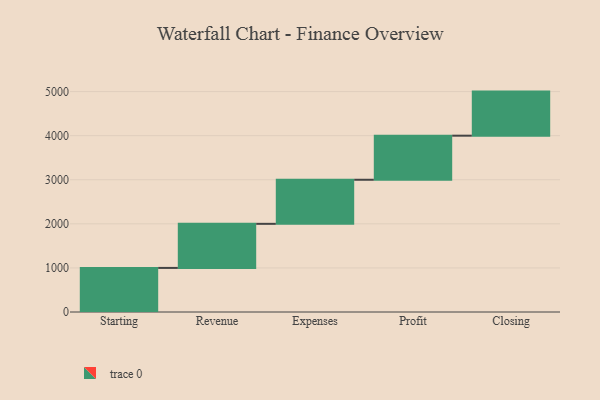
{"axis": {"x": "Step", "y": "Value"}, "legend": [""], "data": [{"x": "Starting", "y": 1000, "type": ""}, {"x": "Revenue", "y": 1000, "type": ""}, {"x": "Expenses", "y": 1000, "type": ""}, {"x": "Profit", "y": 1000, "type": ""}, {"x": "Closing", "y": 1000, "type": ""}]}